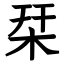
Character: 栞